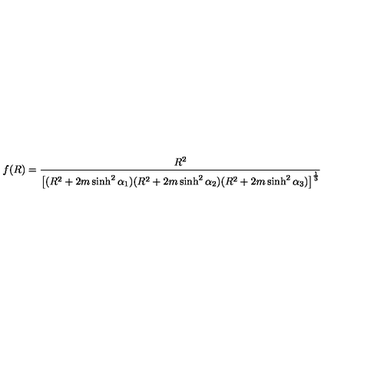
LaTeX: f ( R ) = \frac { R ^ { 2 } } { \left[ ( R ^ { 2 } + 2 m \sinh ^ { 2 } \alpha _ { 1 } ) ( R ^ { 2 } + 2 m \sinh ^ { 2 } \alpha _ { 2 } ) ( R ^ { 2 } + 2 m \sinh ^ { 2 } \alpha _ { 3 } ) \right] ^ { \frac 1 3 } }